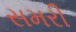
સમરી